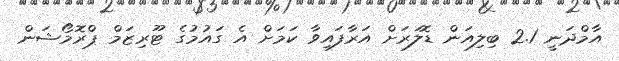
އާމްދަނީ 2.1 ބިލިއަން ޑޮލަރަށް އަރާފައިވާ ކަމަށް އެ ގައުމުގެ ޓޫރިޒަމް ޕްރޮމޯޝަން